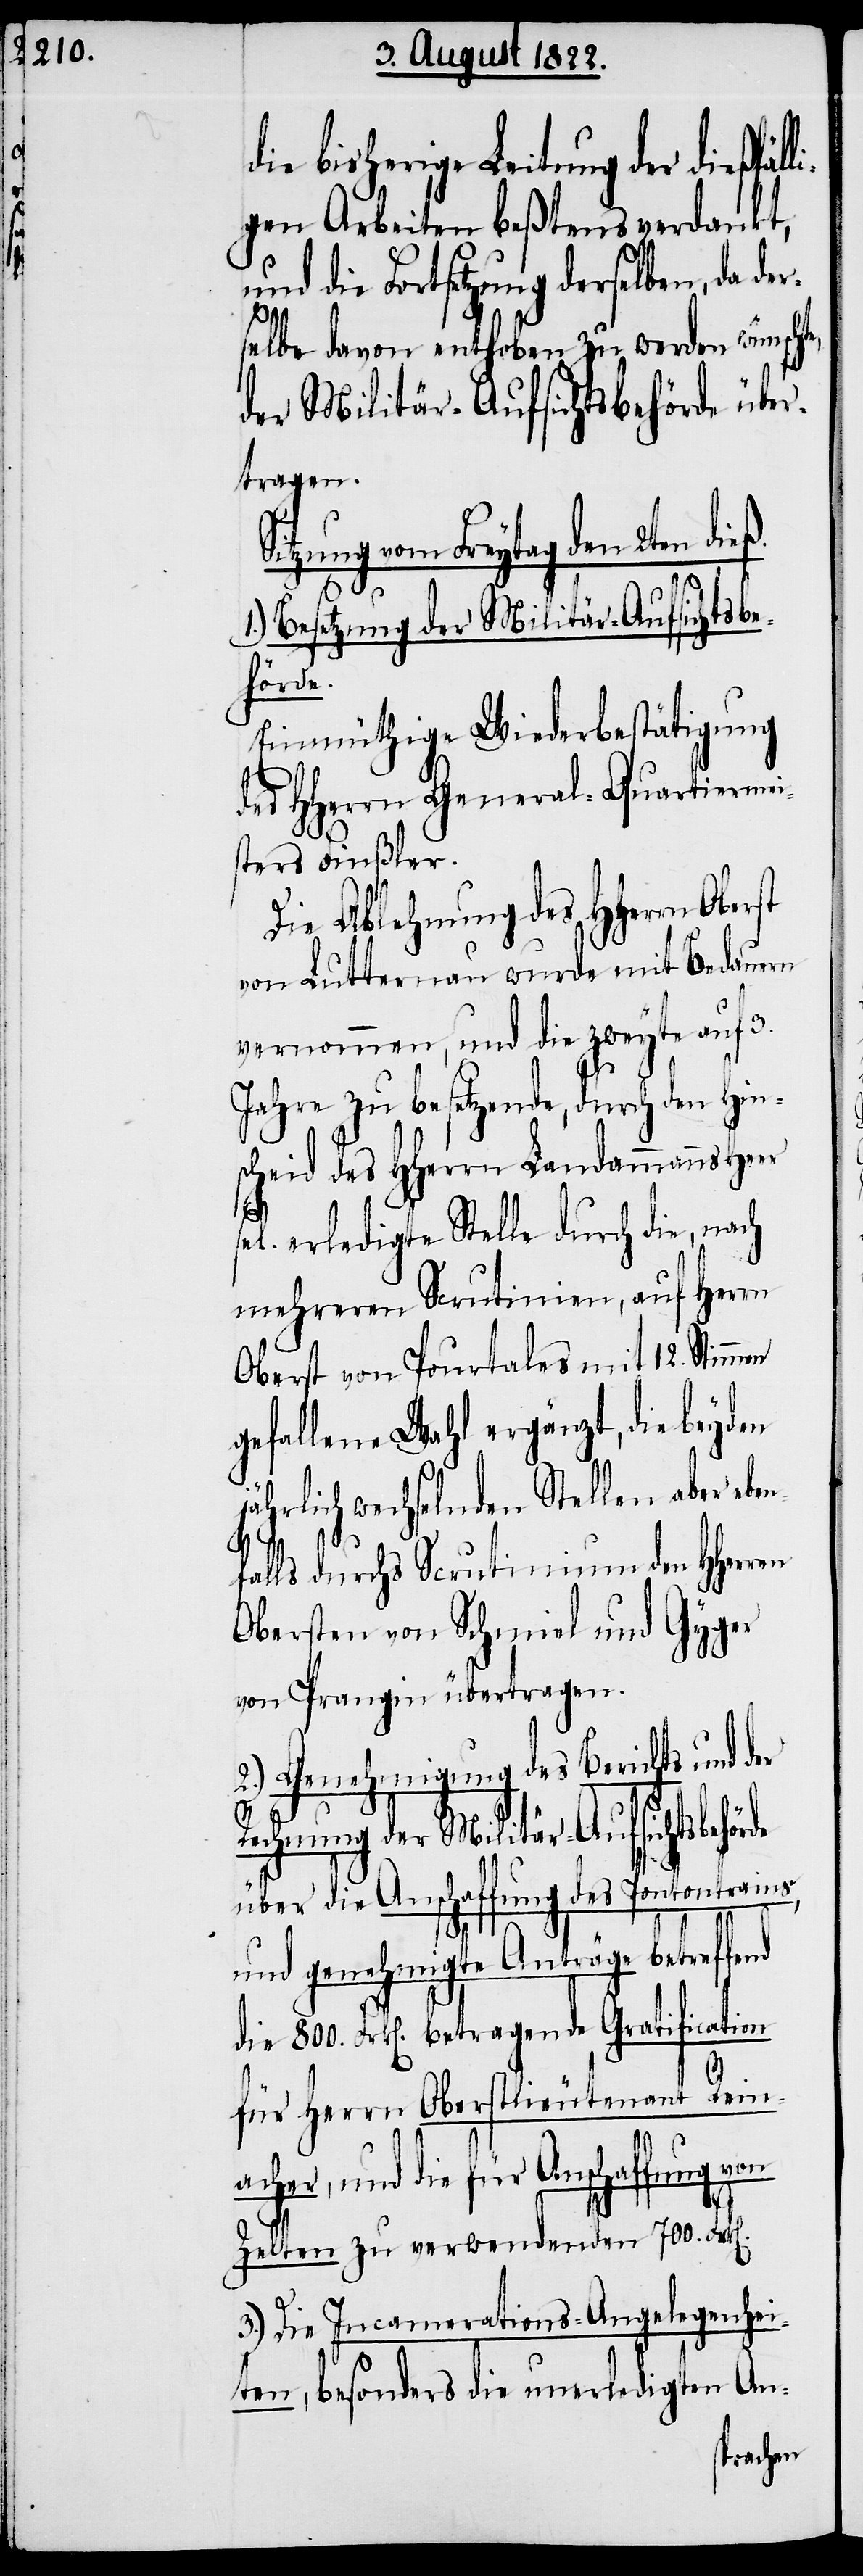
n¬

die bisherige Leitung der dießfäll¬
igen Arbeiten beßtens verdankt,
und die Fortsetzung derselben, da d¬
selbe davon enthoben zu werden wünscht¬
der Militär-Aufsichtsbehörde über¬
tragen.
Sitzung vom Freytag den 2ten dieß.
Besetzung der Militär-Aufsichtsbe¬
hörde.
Einmüthige Wiederbestätigung
des HHerrn General-Quartiermei¬
sters Finßler.
Die Ablehnung des HHerrn Oberst
von Lutternau wurde mit Bedauern
vernommen, und die zweyte auf 3.
Jahre zu besetzende, durch den Hins¬
cheid des HHerrn Landammanns Heer
erledigte Stelle durch die, nach
mehreren Scrutinien, auf Herrn
Oberst Pourtales mit 12. Stimm¬
gefallene Wahl ergänzt, die beyden
jährlich wechselnden Stellen aber ebe¬
falls durchs Scrutinium den HHerren
Obersten von Schmid und Gyger
von Prangin übertragen.
2.) Genehmigung des Berichts und der
nd
Rechnung der Militär-Aufsichtsbehörde
über die Anschaffung des Pontontrains,
und genehmigte Anträge betreffe¬
die 800. Frk[en]. betragende Gratification
für Herrn Oberstlieutnant Rein¬
acher, und die für Anschaffung von
Zelten zu verwendenden 700 Fr[en].
3.) Die Incamerations-Angelegenhei¬
ten, besonders die unerledigten An-